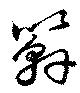
簳